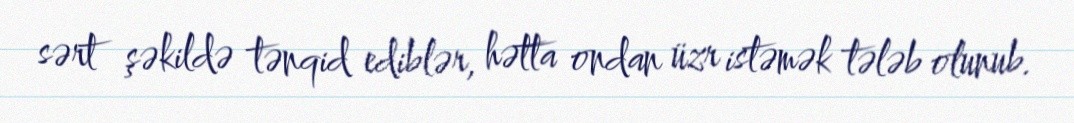
sərt şəkildə tənqid ediblər, hətta ondan üzr istəmək tələb olunub.